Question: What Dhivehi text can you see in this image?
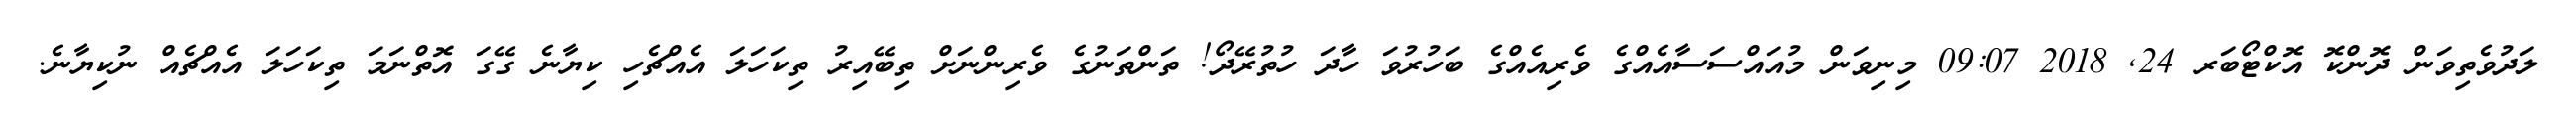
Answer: ލަދުވެތިވަން ދޮންކޮ އޮކްޓޯބަރ 24, 2018 09:07 މިނިވަން މުއައްސަސާއެއްގެ ވެރިއެއްގެ ބަހުރުވަ ހާދަ ހުތުރޭދޯ! ތަންތަނުގެ ވެރިންނަށް ތިބޭއިރު ތިކަހަލަ އެއްޗެހި ކިޔާނެ ގޭގަ އޮތްނަމަ ތިކަހަލަ އެއްޗެއް ނުކިޔާނެ.